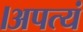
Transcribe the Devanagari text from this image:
।अपत्यं